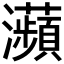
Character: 𤅖